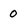
Character: 0